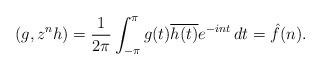
LaTeX: \begin{align*}(g, z^n h)= \frac{1}{2\pi}\int_{-\pi}^{\pi}g(t)\overline{h(t)}e^{-int}\,dt= \hat f(n).\end{align*}